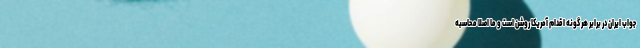
جواب ایران در برابر هر گونه اقدام آمریکا روشن است و ما اصلا محاسبه